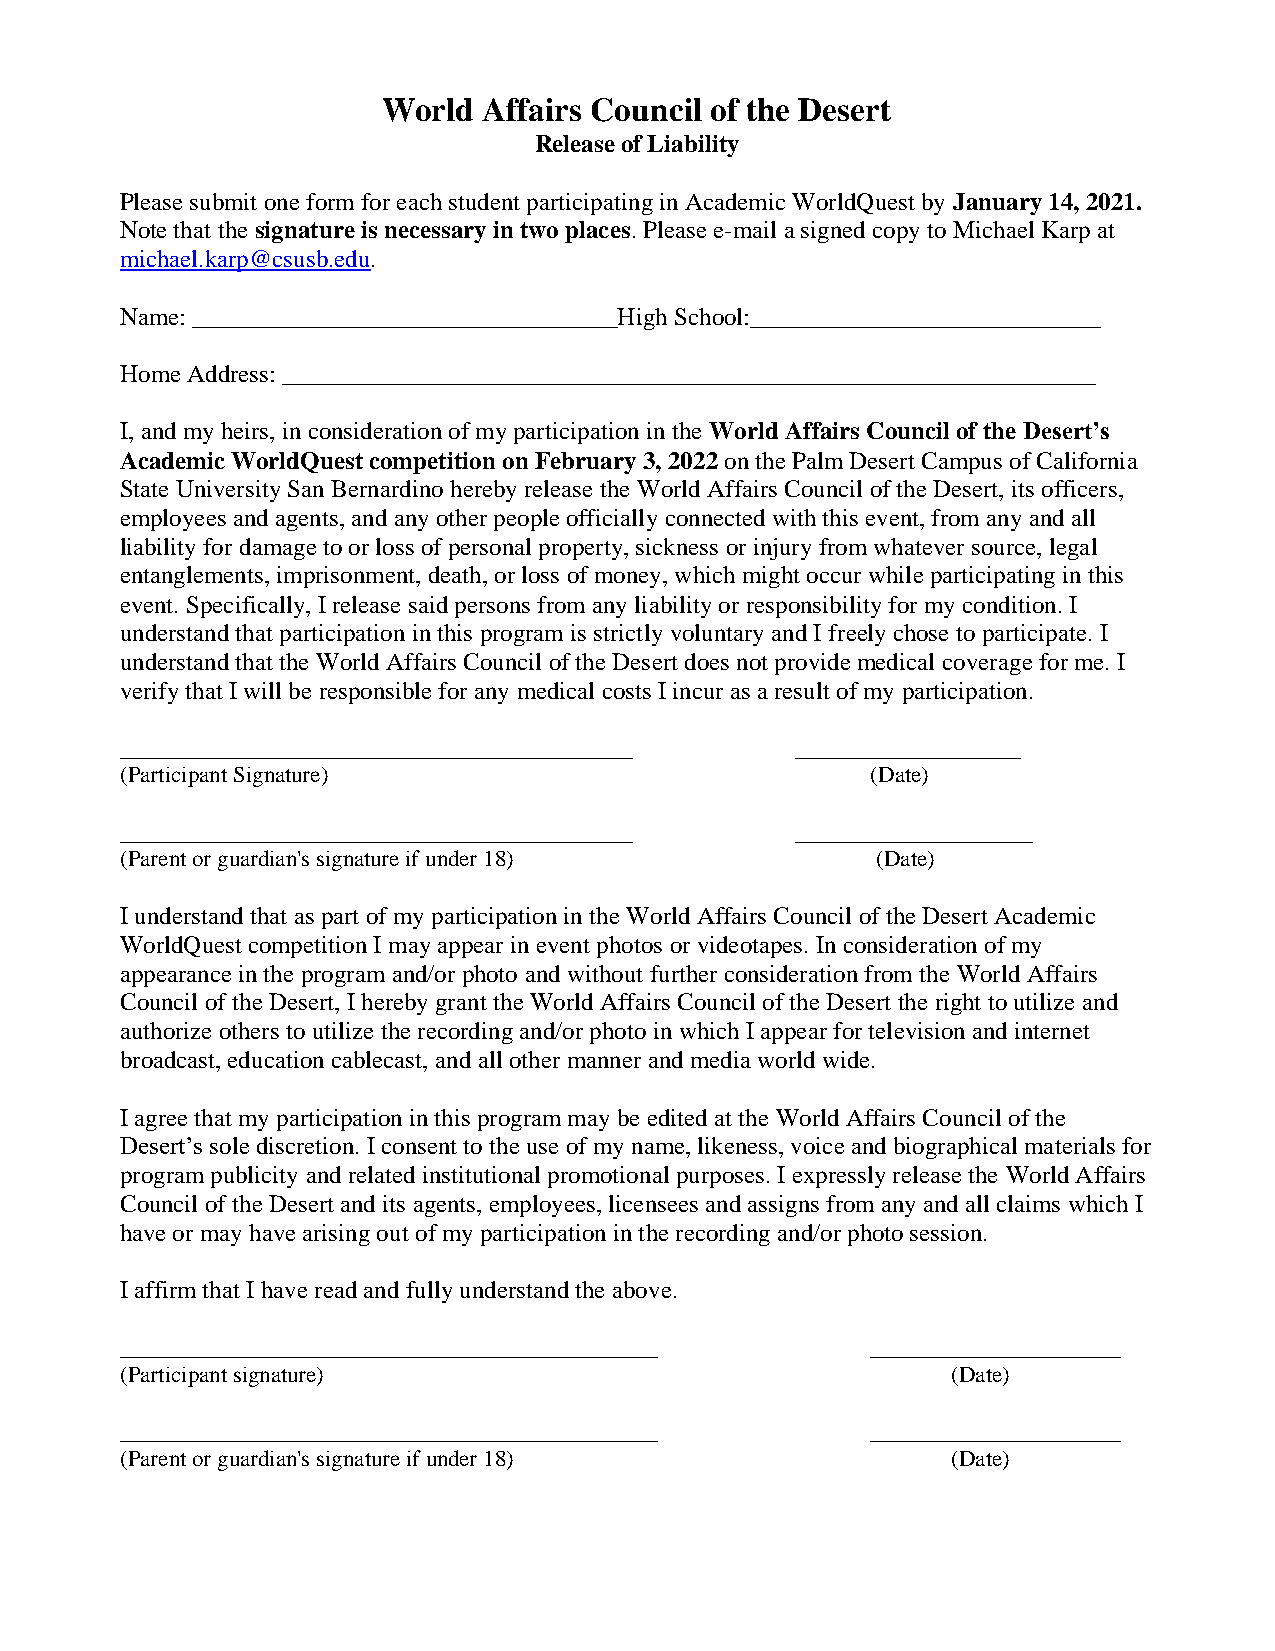
World  Affairs Council of the Desert
 Release of Liability
 Please submit one form for each student participating in Academic WorldQuest by January 14, 2021.
 Note that the signature is necessary in two places. Please e-mail a signed copy to Michael Karp at
 michael.karp@csusb.edu.
 Name: __________________________________High School:____________________________
 Home Address: _________________________________________________________________
 I, and my heirs, in consideration of my participation in the World Affairs Council of the Desert’s
 Academic WorldQuest competition on February 3, 2022 on the Palm Desert Campus of California
 State University San Bernardino hereby release the World Affairs Council of the Desert, its officers,
 employees and agents, and any other people officially connected with this event, from any and all
 liability for damage to or loss of personal property, sickness or injury from whatever source, legal
 entanglements, imprisonment, death, or loss of money, which might occur while participating in this
 event. Specifically, I release said persons from any liability or responsibility for my condition. I
 understand that participation in this program is strictly voluntary and I freely chose to participate. I
 understand that the World Affairs Council of the Desert does not provide medical coverage for me. I
 verify that I will be responsible for any medical costs I incur as a result of my participation.
 _________________________________________    __________________
 (Participant Signature)                           (Date)
 _________________________________________    ___________________
 (Parent or guardian's signature if under 18)      (Date)
 I understand that as part of my participation in the World Affairs Council of the Desert Academic
 WorldQuest competition I may appear in event photos or videotapes. In consideration of my
 appearance in the program and/or photo and without further consideration from the World Affairs
 Council of the Desert, I hereby grant the World Affairs Council of the Desert the right to utilize and
 authorize others to utilize the recording and/or photo in which I appear for television and internet
 broadcast, education cablecast, and all other manner and media world wide.
 I agree that my participation in this program may be edited at the World Affairs Council of the
 Desert’s sole discretion. I consent to the use of my name, likeness, voice and biographical materials for
 program publicity and related institutional promotional purposes. I expressly release the World Affairs
 Council of the Desert and its agents, employees, licensees and assigns from any and all claims which I
 have or may have arising out of my participation in the recording and/or photo session.
 I affirm that I have read and fully understand the above.
 ___________________________________________       ____________________
 (Participant signature)                                (Date)
 ___________________________________________       ____________________
 (Parent or guardian's signature if under 18)           (Date)